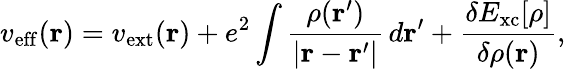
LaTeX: v_{\mathrm{eff}}(\mathbf{r})=v_{\mathrm{ext}}(\mathbf{r})+e^{2}\int{\frac{\rho(\mathbf{r}^{\prime})}{|\mathbf{r}-\mathbf{r}^{\prime}|}}\, d\mathbf{r}^{\prime}+{\frac{\delta E_{\mathrm{xc}}[\rho]}{\delta\rho(\mathbf{r})}},